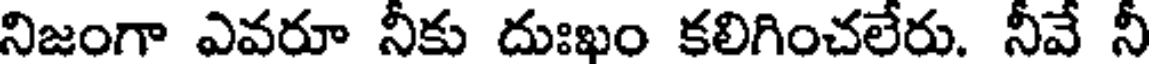
నిజంగా ఎవరూ నీకు దుఃఖం కలిగించలేరు. నీవే నీ